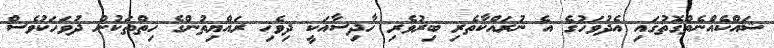
ޝައްކެއްނެތްގޮތުގައި އެދުވަހުގެ އެ ނުރައްކާތެރި ބިރުވެރި ހާދިސާއަކީ ދިވެހި ރައްޔިތުންގެ ހިތްތަކުން ދުވަހަކުވެސް